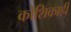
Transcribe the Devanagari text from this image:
कोशिकाही